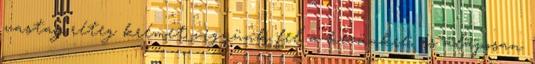
vastag réteg krémet vigyünk fel a kezünkre, és alaposan